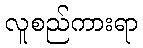
လူစည်ကားရာ